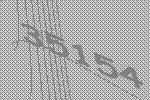
35154